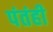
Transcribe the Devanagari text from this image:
पंतंही